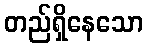
တည်ရှိနေသော